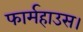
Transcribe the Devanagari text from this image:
फार्महाउस।